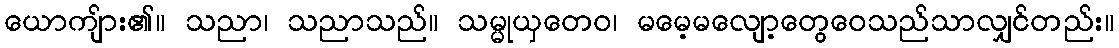
ယောကျ်ား၏။ သညာ၊ သညာသည်။ သမ္မုယှတေဝ၊ မမေ့မလျော့တွေဝေသည်သာလျှင်တည်း။